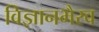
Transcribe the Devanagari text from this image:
विज्ञानभैरव